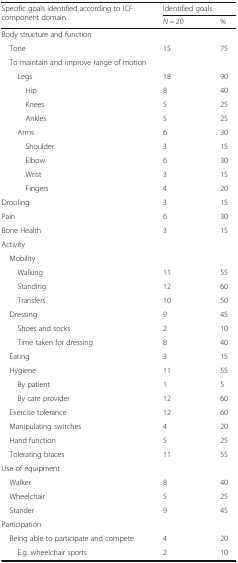
<table><thead><tr><td rowspan="2"><b>Specific goals identified according to ICF component domain</b></td><td colspan="2"><b>Identified goals</b></td></tr><tr><td><b><i>N</i> = 20</b></td><td><b>%</b></td></tr></thead><tbody><tr><td colspan="3">Body structure and function</td></tr><tr><td> Tone</td><td>15</td><td>75</td></tr><tr><td colspan="3"> To maintain and improve range of motion</td></tr><tr><td>Legs</td><td>18</td><td>90</td></tr><tr><td>Hip</td><td>8</td><td>40</td></tr><tr><td>Knees</td><td>5</td><td>25</td></tr><tr><td>Ankles</td><td>5</td><td>25</td></tr><tr><td>Arms</td><td>6</td><td>30</td></tr><tr><td>Shoulder</td><td>3</td><td>15</td></tr><tr><td>Elbow</td><td>6</td><td>30</td></tr><tr><td>Wrist</td><td>3</td><td>15</td></tr><tr><td>Fingers</td><td>4</td><td>20</td></tr><tr><td>Drooling</td><td>3</td><td>15</td></tr><tr><td>Pain</td><td>6</td><td>30</td></tr><tr><td>Bone Health</td><td>3</td><td>15</td></tr><tr><td colspan="3">Activity</td></tr><tr><td> Mobility</td><td></td><td></td></tr><tr><td>Walking</td><td>11</td><td>55</td></tr><tr><td>Standing</td><td>12</td><td>60</td></tr><tr><td>Transfers</td><td>10</td><td>50</td></tr><tr><td> Dressing</td><td>9</td><td>45</td></tr><tr><td>Shoes and socks</td><td>2</td><td>10</td></tr><tr><td>Time taken for dressing</td><td>8</td><td>40</td></tr><tr><td> Eating</td><td>3</td><td>15</td></tr><tr><td> Hygiene</td><td>11</td><td>55</td></tr><tr><td>By patient</td><td>1</td><td>5</td></tr><tr><td>By care provider</td><td>12</td><td>60</td></tr><tr><td> Exercise tolerance</td><td>12</td><td>60</td></tr><tr><td> Manipulating switches</td><td>4</td><td>20</td></tr><tr><td> Hand function</td><td>5</td><td>25</td></tr><tr><td> Tolerating braces</td><td>11</td><td>55</td></tr><tr><td colspan="3">Use of equipment</td></tr><tr><td> Walker</td><td>8</td><td>40</td></tr><tr><td> Wheelchair</td><td>5</td><td>25</td></tr><tr><td> Stander</td><td>9</td><td>45</td></tr><tr><td colspan="3">Participation</td></tr><tr><td> Being able to participate and compete</td><td>4</td><td>20</td></tr><tr><td>E.g. wheelchair sports</td><td>2</td><td>10</td></tr></tbody></table>